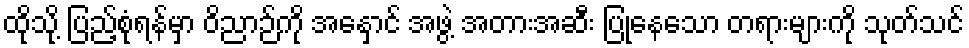
ထိုသို့ ပြည့်စုံရန်မှာ ဝိညာဉ်ကို အနှောင် အဖွဲ့ အတားအဆီး ပြုနေသော တရားများကို သုတ်သင်